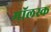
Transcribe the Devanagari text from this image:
मॉलस्क